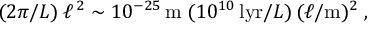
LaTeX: ( 2 \pi / L ) \: \ell ^ { \, 2 } \sim 1 0 ^ { - 2 5 } \, \mathrm { m } \; ( 1 0 ^ { 1 0 } \, \mathrm { l y r } / L ) \, ( \ell / \mathrm { m } ) ^ { 2 } \; ,